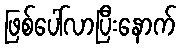
ဖြစ်ပေါ်လာပြီးနောက်